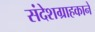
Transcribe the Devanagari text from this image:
संदेशग्राहकाने